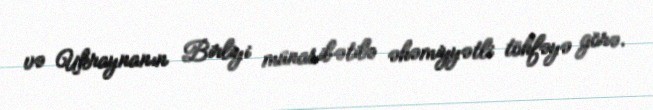
və Ukraynanın Birliyi münasibətilə əhəmiyyətli töhfəyə görə.